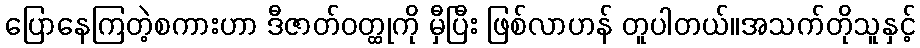
ပြောနေကြတဲ့စကားဟာ ဒီဇာတ်ဝတ္ထုကို မှီပြီး ဖြစ်လာဟန် တူပါတယ်။အသက်တိုသူနှင့်